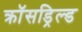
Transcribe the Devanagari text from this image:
क्रॉसड्रिल्ड